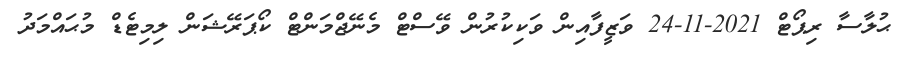
ޙުލާސާ ރިޕޯޓް 2021-11-24 ވަޒީފާއިން ވަކިކުރުން ވޭސްޓް މެނޭޖްމަންޓް ކޯޕަރޭޝަން ލިމިޓެޑް މުޙައްމަދު